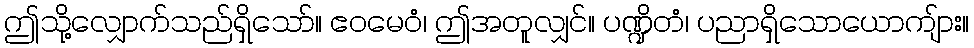
ဤသို့လျှောက်သည်ရှိသော်။ ဧဝမေဝံ၊ ဤအတူလျှင်။ ပဏ္ဍိတံ၊ ပညာရှိသောယောကျ်ား။